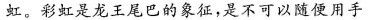
虹。彩虹是龙王尾巴的象征，是不可以随便用手